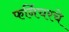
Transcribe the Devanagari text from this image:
फर्निचरचे